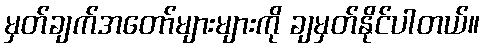
မှတ်ချက်အတော်များများကို ချမှတ်နိုင်ပါတယ်။